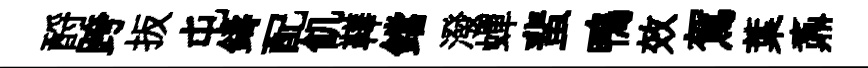
酹跨扳屯鑄配飢鞾鐺潑蟬蜚鴨效駕葉鼒